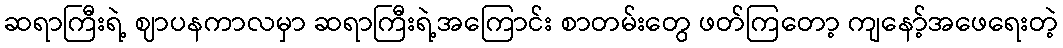
ဆရာကြီးရဲ့ ဈာပနကာလမှာ ဆရာကြီးရဲ့အကြောင်း စာတမ်းတွေ ဖတ်ကြတော့ ကျနော့်အဖေရေးတဲ့